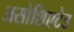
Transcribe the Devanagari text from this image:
असोशिएटेड